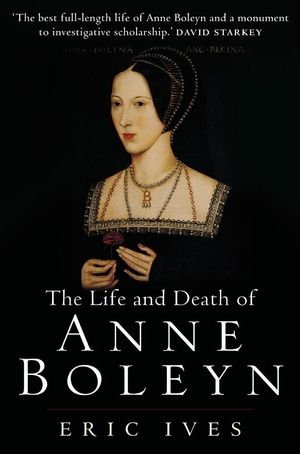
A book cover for The Life and Death of Anne Boleyn; Eric Ives; Biographies & Memoirs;